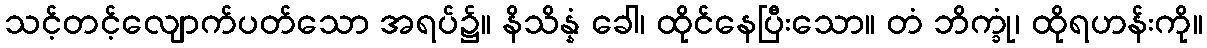
သင့်တင့်လျောက်ပတ်သော အရပ်၌။ နိသိန္နံ ခေါ၊ ထိုင်နေပြီးသော။ တံ ဘိက္ခုံ၊ ထိုရဟန်းကို။